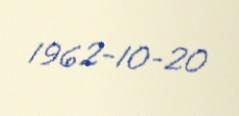
1962-10-20